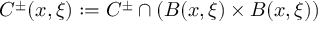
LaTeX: C ^ { \pm } ( x , \xi ) : = C ^ { \pm } \cap ( B ( x , \xi ) \times B ( x , \xi ) )